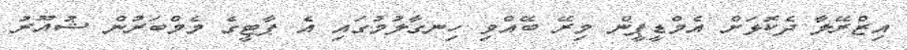
އިޒްރޭލާ ދެކޮޅަށް އެމްޑީޕީން މިރޭ ބޭއްވި ހިނގާލުމުގައި އެ ޕާޓީގެ މެމްބަރުން ޝުއޫރު